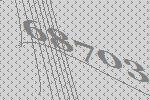
68703